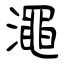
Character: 澠